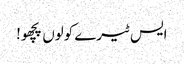
ایس ٹیرے کولوں پچھو!